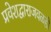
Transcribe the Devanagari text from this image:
प्रवेशद्वाराजवळही